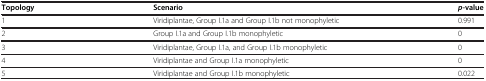
| Topology | Scenario | p-value |
 | --- | --- | --- |
 | 1 | Viridiplantae, Group I.1a and Group I.1b not monophyletic | 0.991 |
 | 2 | Group I.1a and Group I.1b monophyletic | 0 |
 | 3 | Viridiplantae, Group I.1a, and Group I.1b monophyletic | 0 |
 | 4 | Viridiplantae and Group I.1a monophyletic | 0 |
 | 5 | Viridiplantae and Group I.1b monophyletic | 0.022 |